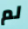
لم